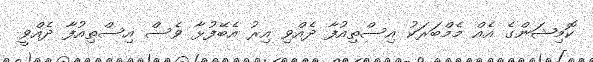
ކޮމިޝަންގެ އެއް މެމްބަރަކު އިސްތިއުފާ ދެއްވި އިރު އެބޭފުޅާ ވެސް އިސްތިއުފާ ދެއްވީ